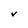
Character: V